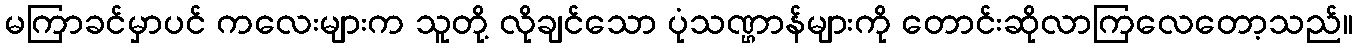
မကြာခင်မှာပင် ကလေးများက သူတို့ လိုချင်သော ပုံသဏ္ဌာန်များကို တောင်းဆိုလာကြလေတော့သည်။